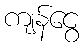
ကျန်ငွေ